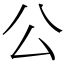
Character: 公